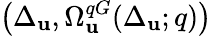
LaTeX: \left(\Delta_{\mathbf{u}},\Omega_{\mathbf{u}}^{qG}(\Delta_{\mathbf{u}};q)\right)